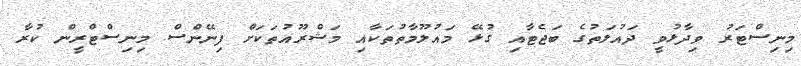
މިނިސްޓަރު ވިދާޅުވީ ދައުލަތުގެ ބަޖެޓާއި ގުޅޭ މައުލޫމާތުތަކާއި މަޝްރޫއުތަކަށް ފިނޭންސް މިނިސްޓްރީން ކުރާ